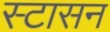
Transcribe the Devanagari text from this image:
स्टासन